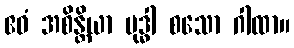
ဧဝံ အစိန္တိယာ ဗုဒ္ဓါ စသော ဂါထာ။